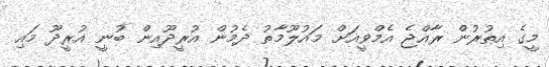
މީގެ އިތުރުން ރާއްޖެ އެމްވީއަށް މައުލޫމާތު ދެމުން އުރީދޫއިން ބުނީ އުރީދޫ މައި